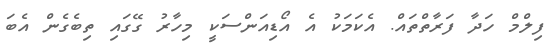
ފިލްމް ހަދާ ފަރާތްތައް. އެކަމަކު އެ އޯޑިއަންސަކީ މިހާރު ގޭގައި ތިބެގެން އެބަ